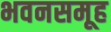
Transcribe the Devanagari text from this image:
भवनसमूह